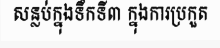
សន្លប់ក្នុងទឹកទី៣ ក្នុងការប្រកួត